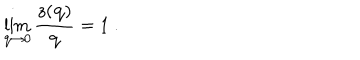
\lim _ { { \bf q } \rightarrow 0 } \frac { z ( { \bf q } ) } { { \bf q } } = 1 \ .